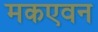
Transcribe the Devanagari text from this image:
मकएवन